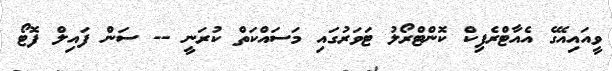
ވީއައިއޭގެ އެއާޓްރެފިކް ކޮންޓްރޯލު ޓަވަރުގައި މަސައްކަތް ކުރަނީ -- ސަން ފައިލް ފޮޓޯ